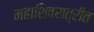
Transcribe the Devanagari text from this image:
महाशिवरात्रीत